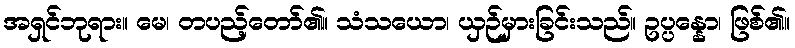
အရှင်ဘုရား။ မေ၊ တပည့်တော်၏။ သံသယော၊ ယှဉ်မှားခြင်းသည်။ ဥပ္ပန္နော၊ ဖြစ်၏။